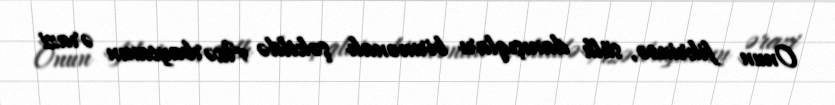
Onun fikrincə, sülh danışıqları birmənalı şəkildə Azərbaycanın ərazi